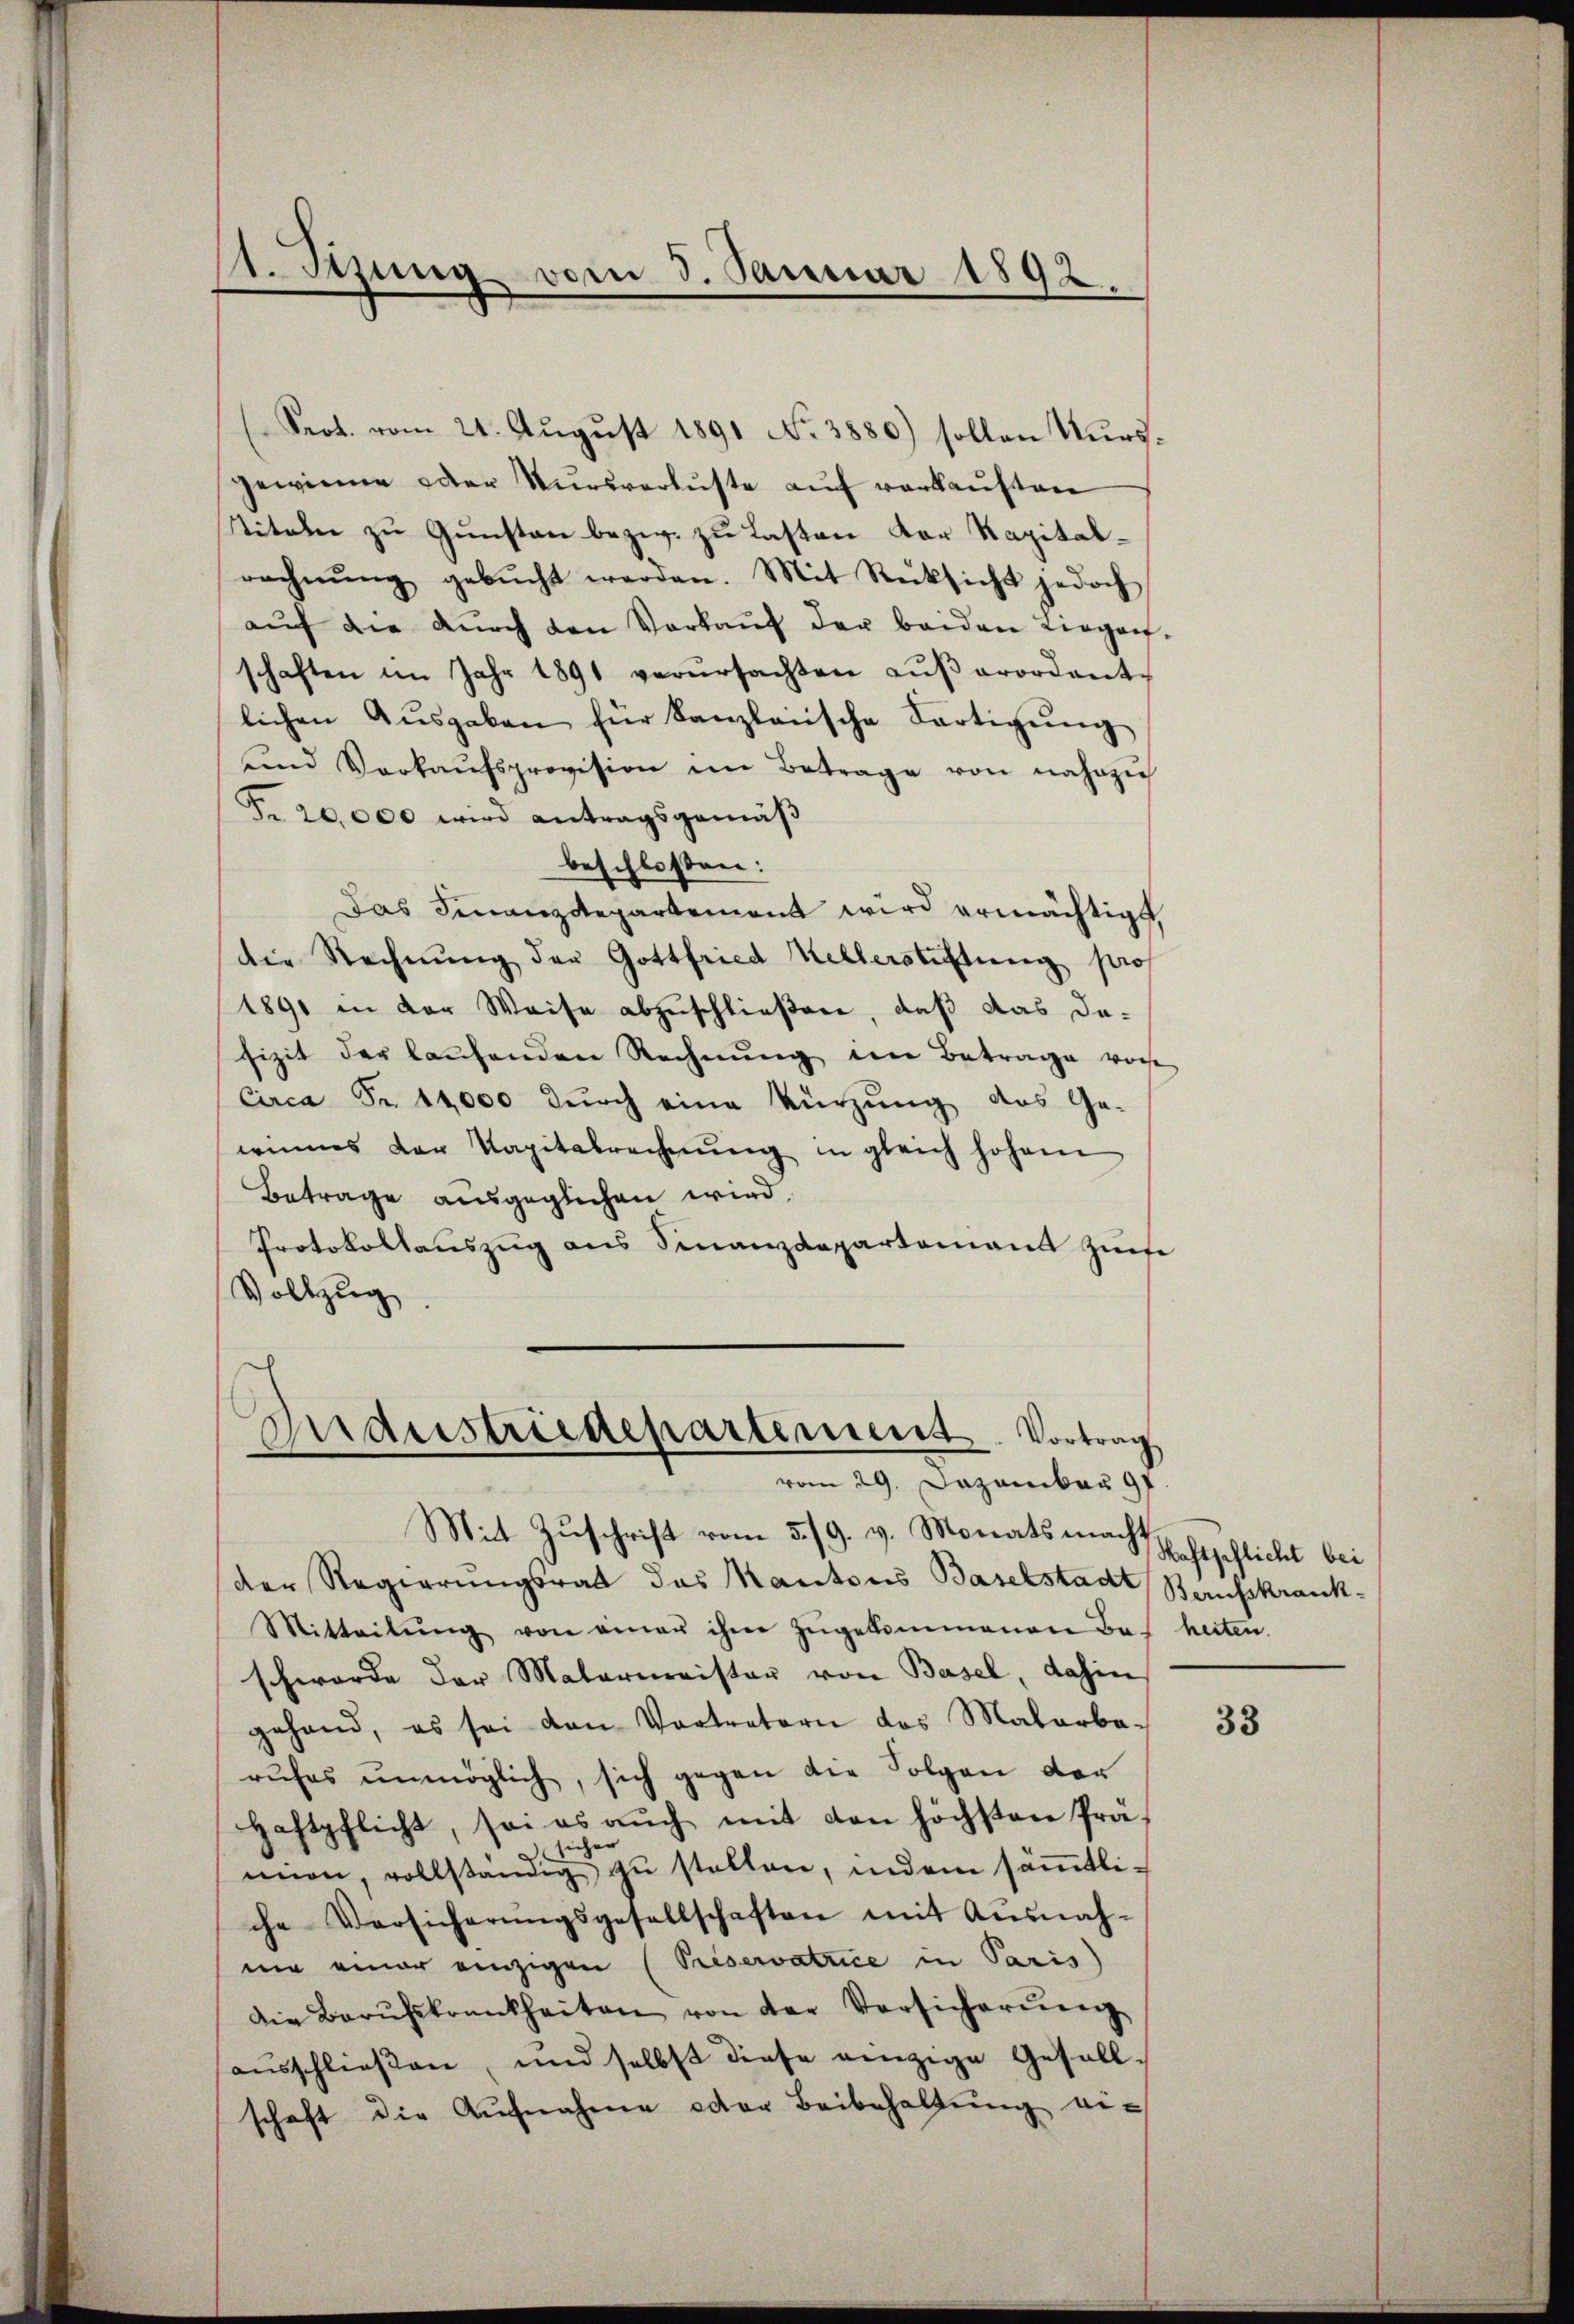
Prot. vom 21. August 1891 No 3880) sollen Kursgewinne oder Kursverluste auf verkauften
Titeln zu Gunsten bezw. zu Lasten der Kapitalrechnŭng gebŭcht werden. Mit Rücksicht jedoch
aŭf die dŭrch den Verkaŭf der beiden Liege,
schaften im Jahr 1891 verŭrsachten aŭβerordentlichen Aŭsgaben für Kanzleiische Fortigŭng
ŭnd Verkaŭfsprovision im Betrage von nahezu
Fr. 20,000 wird antragsgemäß
beschlossen:
Das Finanzdepartement wird ermächtigt,
die Rechnŭng der Gottfried Kellerstiftung pro
1891 in der Weise abzuschließen, daß das dafizit der laŭfenden Rechnŭng ein Betrage vorh
Circa Fr. 14,000 durch eine kürzung das Ge-
winnes der Kapitalrechnŭng in gleich hohem
Betrage ausgeglichen wird.
Protokollauszug aus Finanzdepartement zum
Vollzug

1. Stung vom 3. Januar 1892.

der Regierungsrat das Mantons Baselstadt
Mitteilŭng von einen ihm zŭgekommenen Bas heiten.
schwerde der Matermeister von Basel, dahin
gehand, es sei von Vertretern des Malarba-
rŭhes unmöglich, sich gegen die Folgen der
Haftpflicht, sei es aŭch mit den höchsten Präsicher
mnen, vollständig zŭ stellen, indem säṁtliche Versicherŭngsgesellschaften mit Ausnah-
nie einer einzigen (Priservatrice in Paris
die Berufskrankheiten von der Versicherŭng
aŭsschließen, und selbst diese einzige Gesell-
schaft die Aŭfnahme oder Beibehaltŭng ei¬

Anderstriedepartement. Vortrag
vom 29. Dezember 191
Mit Zuschrift vom 5./9. v. Monats macht

Haftpflicht bei
Berufskrank¬

33